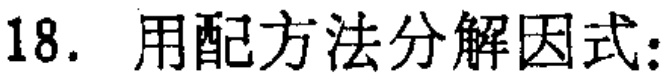
18. 用配方法分解因式: